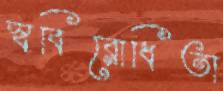
স্ববিরোধিতা